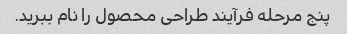
پنج مرحله فرآیند طراحی محصول را نام ببرید.